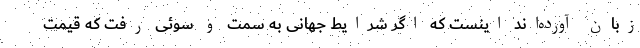
زبان آورده‌اند اینست که اگر شرایط جهانی به سمت و سوئی رفت که قیمت